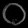
Digit: ၀